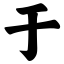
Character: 于